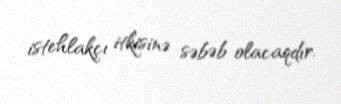
istehlakçı itkisinə səbəb olacaqdır.